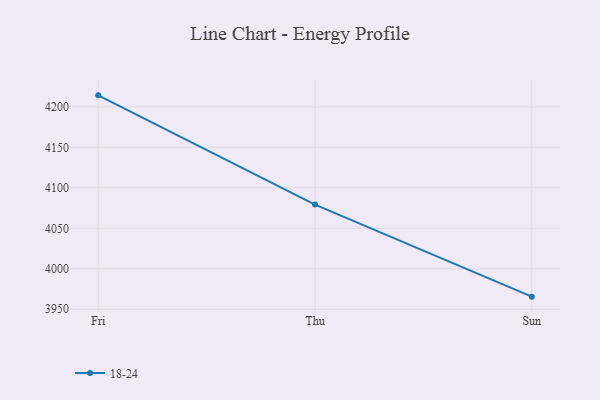
{"axis": {"x": "Day", "y": "LTV (USD)"}, "legend": ["18-24"], "data": [{"x": "Fri", "y": 4214.2, "type": "18-24"}, {"x": "Thu", "y": 4079.3, "type": "18-24"}, {"x": "Sun", "y": 3965.6, "type": "18-24"}]}